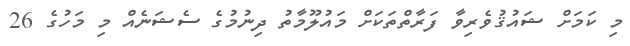
މި ކަމަށް ޝައުޤުވެރިވާ ފަރާތްތަކަށް މައުލޫމާތު ދިނުމުގެ ސެޝަނެއް މި މަހުގެ 26